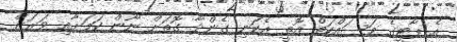
އެ ޕާޓީގެ މަސައްކަތް އޮތީ އެކަނި ގެންދާ ގޮތަށް ނޫން ކަމަށާއި ވަރަށް